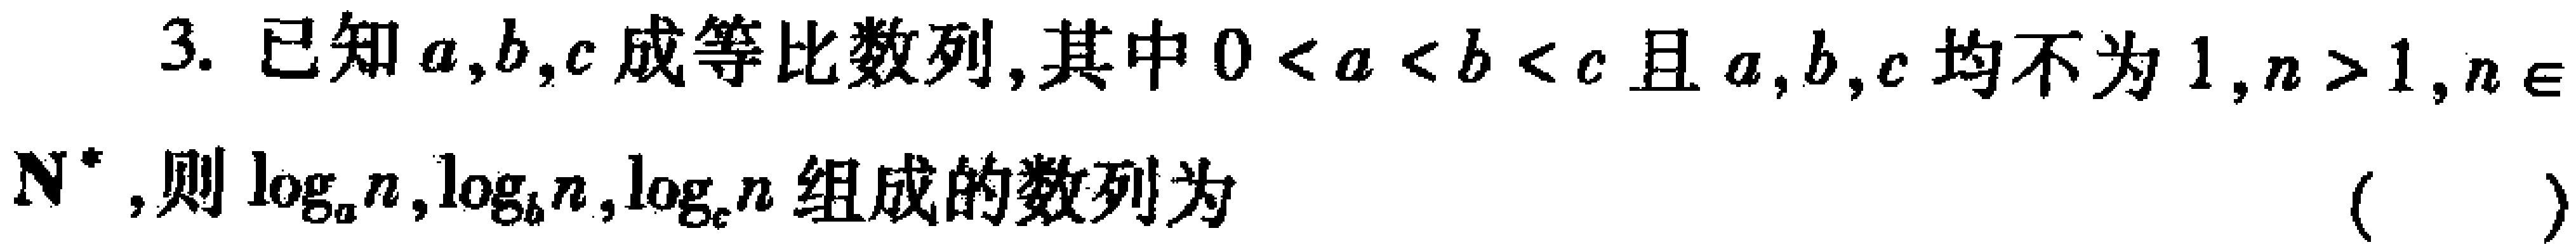
3. 已知\(a,b,c\)成等比数列,其中\(0 < a < b < c\)且\(a,b,c\)均不为\(1\),\(n > 1\),\(n\in\mathbf{N}^{*}\),则\(\log_{a}n,\log_{b}n,\log_{c}n\)组成的数列为 （  ）